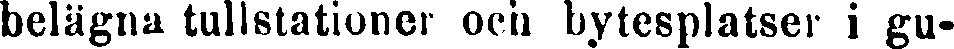
belägna tullstationer och bytesplatser i gu-